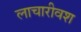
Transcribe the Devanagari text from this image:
लाचारीवश